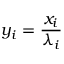
y _ { i } = \frac { x _ { i } } { \lambda _ { i } }